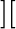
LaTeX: ][